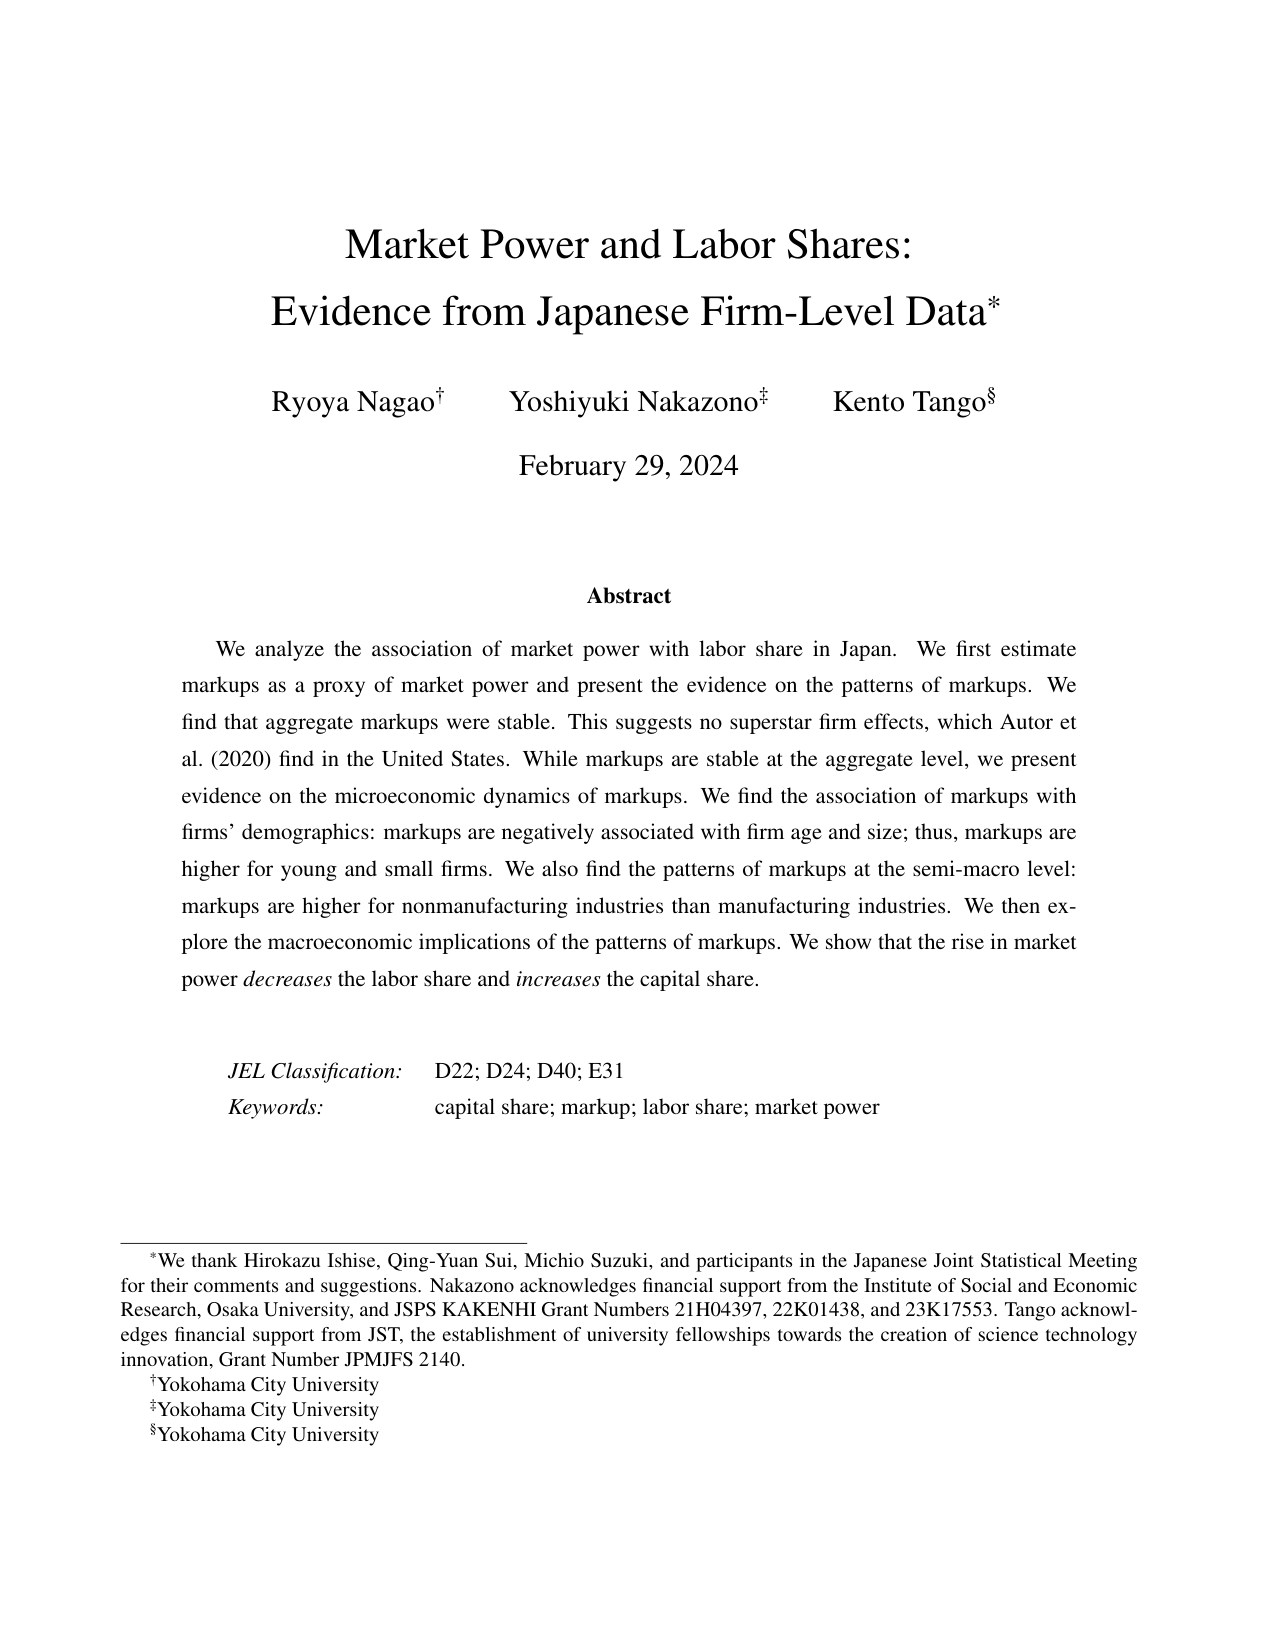
Market Power and Labor Shares:
Evidence from Japanese Firm-Level Data*

Ryoya Nagao† Yoshiyuki Nakazono‡ Kento Tango§
February 29, 2024

Abstract
We analyze the association of market power with labor share in Japan. We first estimate markups as a proxy of market power and present the evidence on the patterns of markups. We find that aggregate markups were stable. This suggests no superstar firm effects, which Autor et al. (2020) find in the United States. While markups are stable at the aggregate level, we present evidence on the microeconomic dynamics of markups. We find the association of markups with firms’ demographics: markups are negatively associated with firm age and size; thus, markups are higher for young and small firms. We also find the patterns of markups at the semi-macro level: markups are higher for nonmanufacturing industries than manufacturing industries. We then explore the macroeconomic implications of the patterns of markups. We show that the rise in market power decreases the labor share and increases the capital share.

JEL Classification: D22; D24; D40; E31
Keywords: capital share; markup; labor share; market power

*We thank Hirokazu Ishise, Qing-Yuan Sui, Michio Suzuki, and participants in the Japanese Joint Statistical Meeting for their comments and suggestions. Nakazono acknowledges financial support from the Institute of Social and Economic Research, Osaka University, and JSPS KAKENHI Grant Numbers 21H04397, 22K01438, and 23K17553. Tango acknowledges financial support from JST, the establishment of university fellowships towards the creation of science technology innovation, Grant Number JPMJFS 2140.
†Yokohama City University
‡Yokohama City University
§Yokohama City University